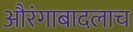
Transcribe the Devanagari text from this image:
औरंगाबादलाच